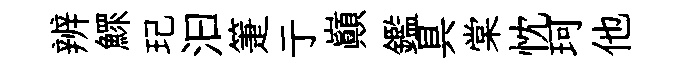
辨鰥玘汩箑亍巔鑑具棠忱珂他